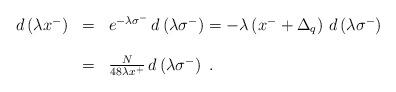
LaTeX: \begin{align*}\begin{array}{lll}d\left(\lambda x^-\right)&=&e^{-\lambda\sigma^-}\,d\left(\lambda\sigma^-\right)=-\lambda\left(x^-+\Delta_q\right)\,d\left(\lambda\sigma^-\right)\\\\&=&{N\over{48\lambda x^+}}\,d\left(\lambda\sigma^-\right)\;.\end{array}\end{align*}